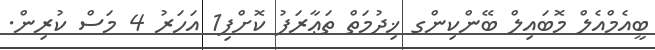
ބީއެމްއެލް މޮބައިލް ބޭންކިންގ ޚިދުމަތް ތަޢާރަފު ކޮށްފި1 އަހަރު 4 މަސް ކުރިން.